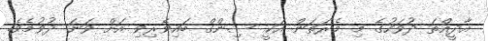
އާދީއްތަ ދުވަހުގެ މި މެރަތަން އަކީ ސިންގް ބައިވެރިވި އަށް ވަނަ ދުވުމެވެ.